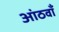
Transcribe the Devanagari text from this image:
आंठवाँ